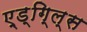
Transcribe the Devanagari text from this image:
ए्ड्गि्ल्स